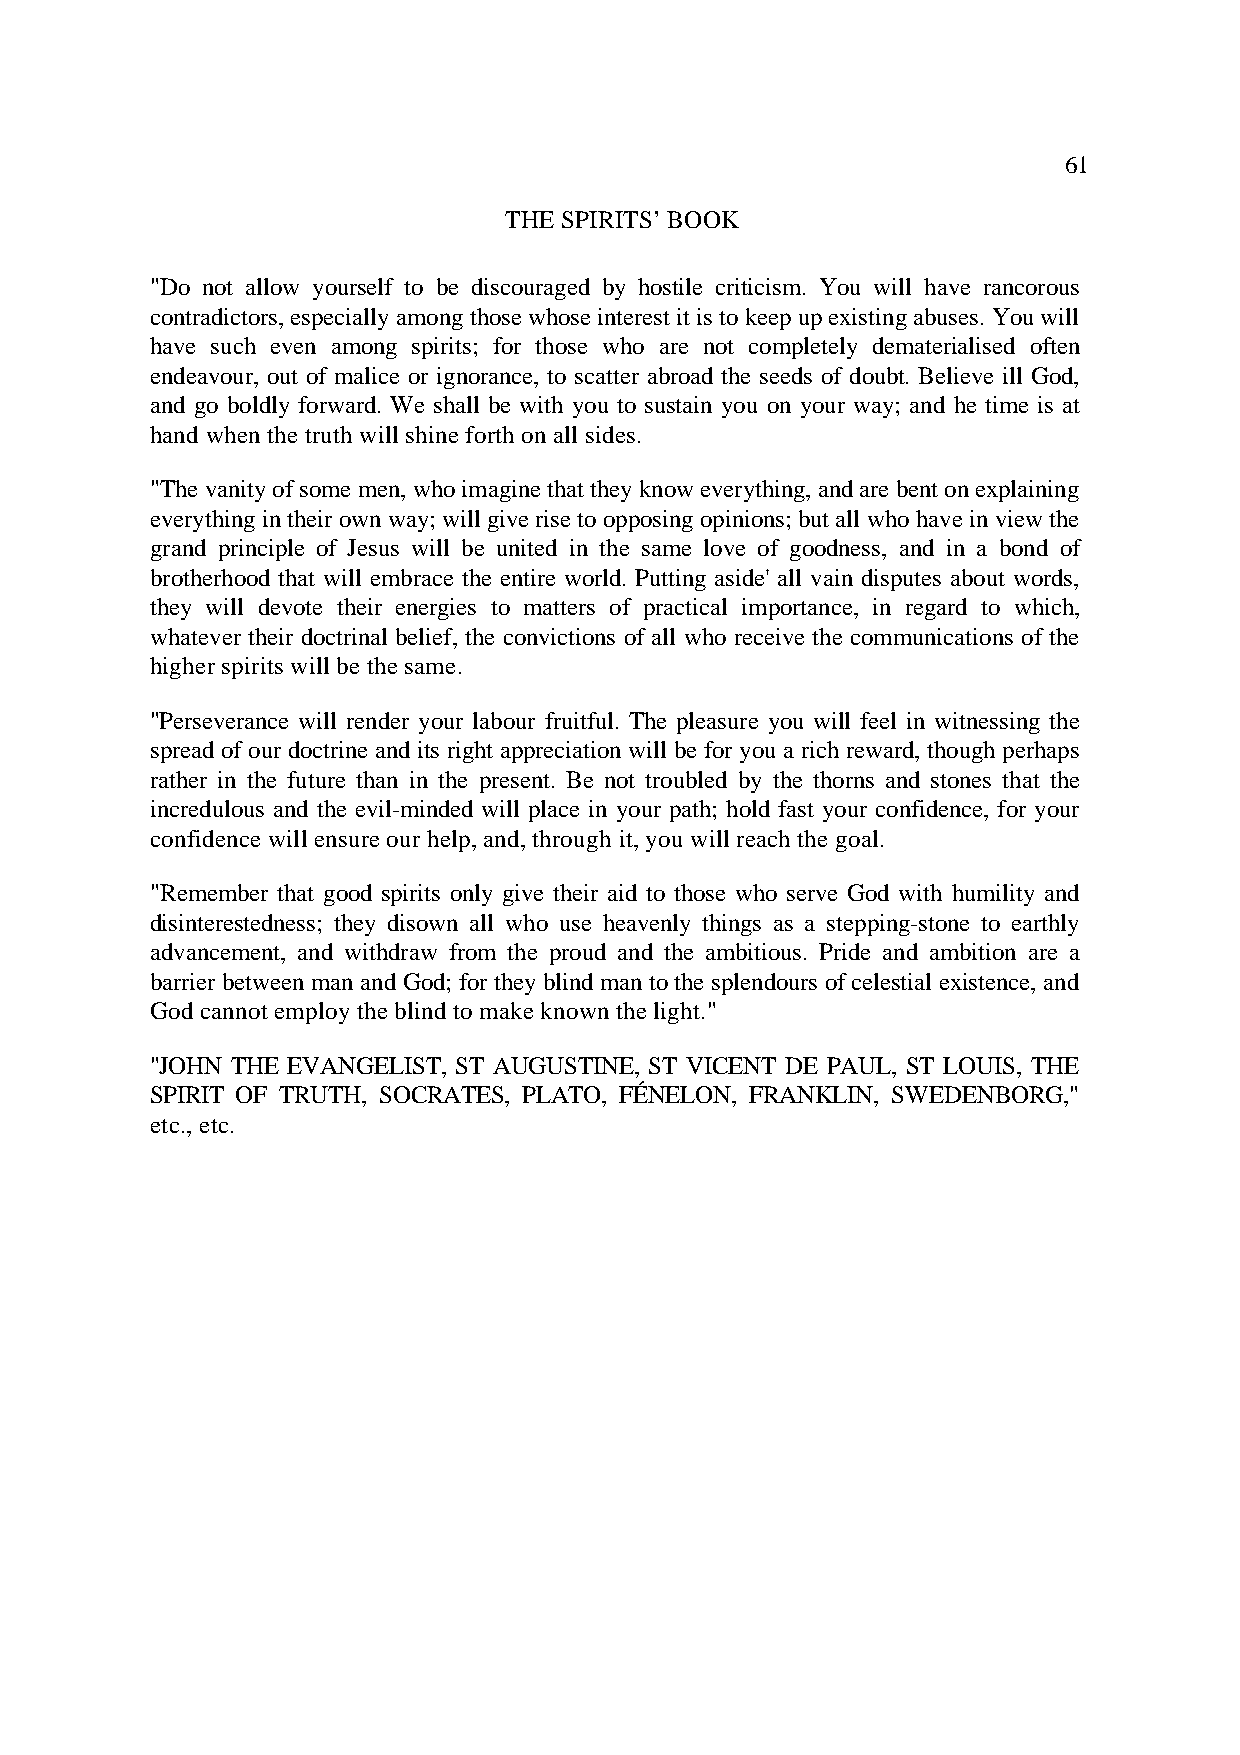
61
 THE SPIRITS’ BOOK
 "Do not allow yourself to be discouraged by hostile criticism. You will have rancorous
 contradictors, especially among those whose interest it is to keep up existing abuses. You will
 have such even among spirits; for those who are not completely dematerialised often
 endeavour, out of malice or ignorance, to scatter abroad the seeds of doubt. Believe ill God,
 and go boldly forward. We shall be with you to sustain you on your way; and he time is at
 hand when the truth will shine forth on all sides.
 "The vanity of some men, who imagine that they know everything, and are bent on explaining
 everything in their own way; will give rise to opposing opinions; but all who have in view the
 grand principle of Jesus will be united in the same love of goodness, and in a bond of
 brotherhood that will embrace the entire world. Putting aside' all vain disputes about words,
 they will devote their energies to matters of practical importance, in regard to which,
 whatever their doctrinal belief, the convictions of all who receive the communications of the
 higher spirits will be the same.
 "Perseverance will render your labour fruitful. The pleasure you will feel in witnessing the
 spread of our doctrine and its right appreciation will be for you a rich reward, though perhaps
 rather in the future than in the present. Be not troubled by the thorns and stones that the
 incredulous and the evil-minded will place in your path; hold fast your confidence, for your
 confidence will ensure our help, and, through it, you will reach the goal.
 "Remember that good spirits only give their aid to those who serve God with humility and
 disinterestedness; they disown all who use heavenly things as a stepping-stone to earthly
 advancement, and withdraw from the proud and the ambitious. Pride and ambition are a
 barrier between man and God; for they blind man to the splendours of celestial existence, and
 God cannot employ the blind to make known the light."
 "JOHN THE EVANGELIST, ST AUGUSTINE, ST VICENT DE PAUL, ST LOUIS, THE
 SPIRIT OF TRUTH, SOCRATES, PLATO, FÉNELON, FRANKLIN, SWEDENBORG,"
 etc., etc.